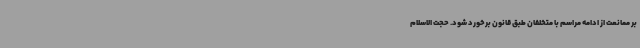
بر ممانعت از ادامه مراسم با متخلفان طبق قانون برخورد شود. حجت الاسلام